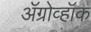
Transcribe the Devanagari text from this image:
ॲग्रोव्हॉक